Civil Veterinary Dept. Bombay admin report 1914-1922 - 1914-1922
Year: 1914
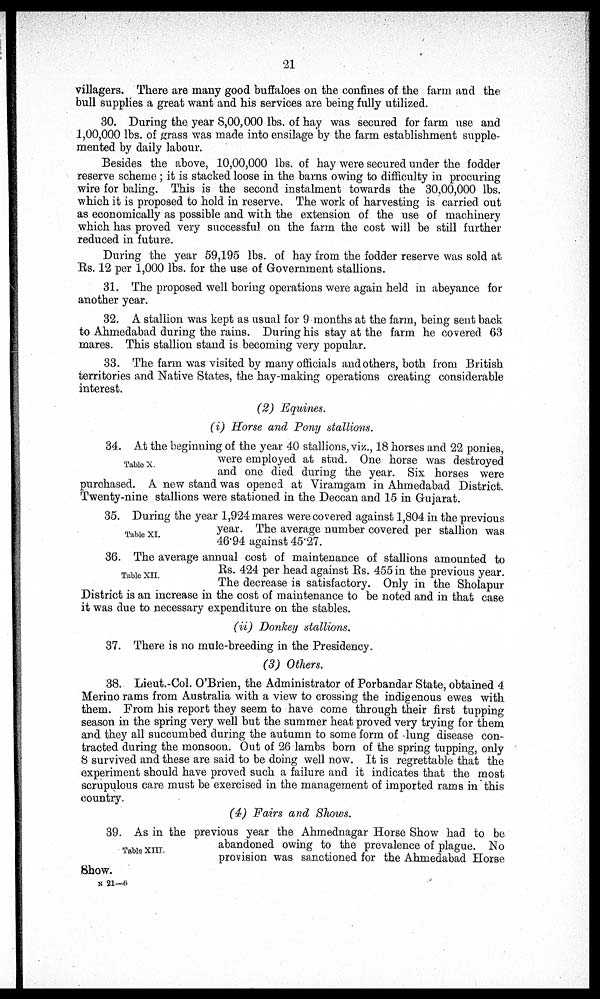
21
villagers. There are many good buffaloes on the confines of the farm and the
bull supplies a great want and his services are being fully utilized.
30. During the, year 8,00,000 lbs. of hay was secured for farm use and
1,00,000 lbs. of grass was made into ensilage by the farm establishment supple-
mented by daily labour.
Besides the above, 10,00,000 lbs. of hay were secured under the fodder
reserve scheme ; it is stacked loose in the barns owing to difficulty in procuring
wire for baling. This is the second instalment towards the 30,00,000 lbs.
which it is proposed to hold in reserve. The work of harvesting is carried out
as economically as possible and with the extension of the use of machinery
which has proved very successful on the farm the cost will be still further
reduced in future.
During the year 59,195 lbs. of hay from the fodder reserve was sold at
Rs. 12 per 1,000 lbs. for the use of Government stallions.
31. The proposed well boring operations were again held in abeyance for
another year.
32. A stallion was kept as usual for 9 months at the farm, being sent back
to Ahmedabad during the rains. During his stay at the farm he covered 63
mares. This stallion stand is becoming very popular.
33. The farm was visited by many officials and others, both from British
territories and Native States, the hay-making operations creating considerable
interest.
(2) Equines.
(i) Horse and Pony stallions.
Table X.
34. At the beginning of the year 40 stallions, viz., 18 horses and 22 ponies,
were employed at stud. One horse was destroyed
and one died during the year. Six horses were
purchased. A new stand was opened at Viramgam in Ahmedabad District.
Twenty-nine stallions were stationed in the Deccan and 15 in Gujarat.
Table XI.
35. During the year 1,924 mares were covered against 1,804 in the previous
year. The average number covered per stallion was
46.94 against 45.27.
Table XII.
36. The average annual cost of maintenance of stallions amounted to
Rs. 424 per head against Rs. 455 in the previous year.
The decrease is satisfactory. Only in the Sholapur
District is an increase in the cost of maintenance to be noted and in that case
it was due to necessary expenditure on the stables.
(ii) Donkey stallions.
37. There is no mule-breeding in the Presidency.
(3) Others.
38. Lieut.-Col. O'Brien, the Administrator of Porbandar State, obtained 4
Merino rams from Australia with a view to crossing the indigenous ewes with
them. From his report they seem to have come through their first tupping
season in the spring very well but the summer heat proved very trying for them
and they all succumbed during the autumn to some form of lung disease con-
tracted during the monsoon. Out of 26 lambs born of the spring tupping, only
8 survived and these are said to be doing well now. It is regrettable that the
experiment should have proved such a failure and it indicates that the most
scrupulous care must be exercised in the management of imported rams in this
country.
(4) Fairs and Shows.
TABLE XIII
39. As in the previous year the Ahmednagar Horse Show had to be
abandoned owing to the prevalence of plague. No
provision was sanctioned for the Ahmedabad Horse
Show.
N 21—6